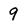
Character: 9